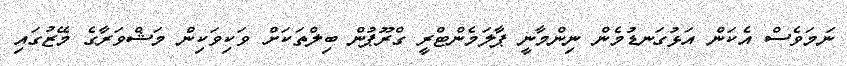
ނަމަވެސް އެކަން އަޅުގަނޑުމެން ނިންމާނީ ޕާލަމެންޓްރީ ގްރޫޕުން ބިލްތަކަށް ވަކިވަކިން މަޝްވަރާގެ މޭޒުގައި